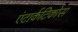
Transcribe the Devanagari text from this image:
एंटार्कटिकोस